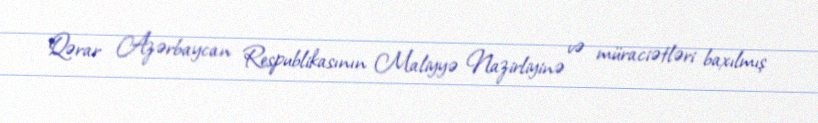
Qərar Azərbaycan Respublikasının Maliyyə Nazirliyinə və müraciətləri baxılmış